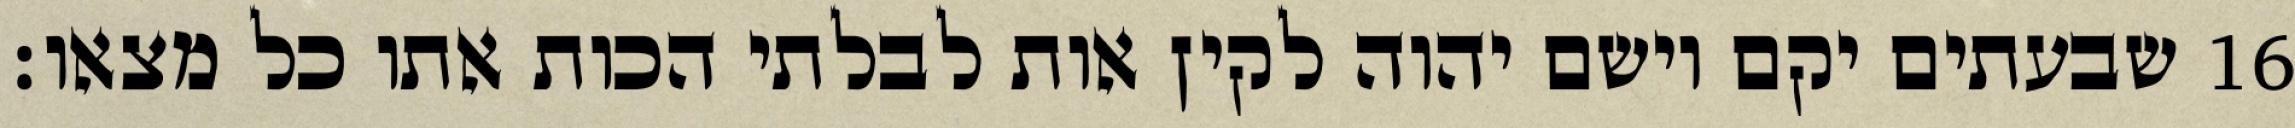
שבעתים יקם וישם יהוה לקין אות לבלתי הכות אתו כל מצאו׃ ‎16‏